Indian journal of veterinary science and animal husbandry - Volume 14,
Year: 1944
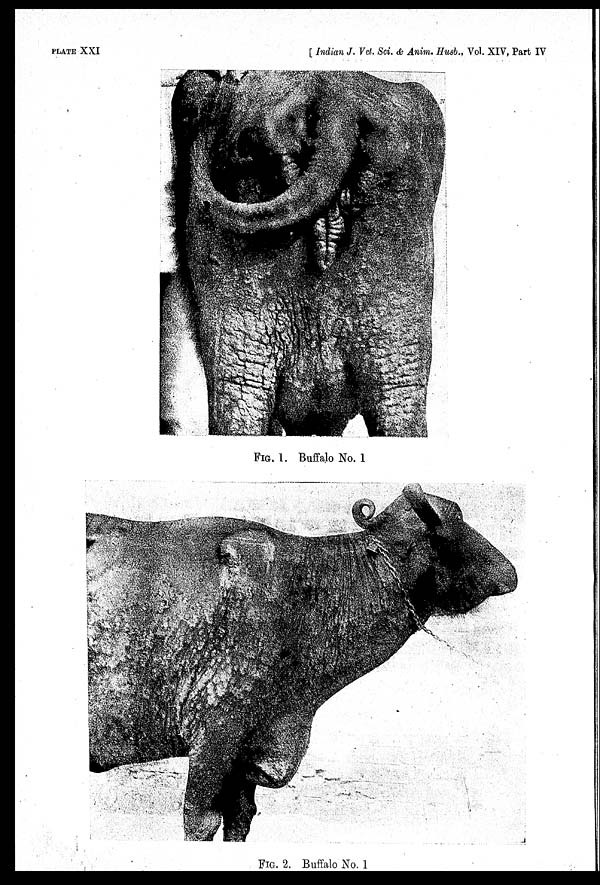
PLATE XXI
[ Indian J. Vet. Sci. & Anim. Husb., Vol. XIV, Part IV
FIG. 1. Buffalo No. 1
FIG. 2. Buffalo No. 1